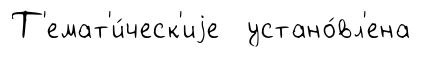
Т'емат'и́ческ'иjе устано́вл'ена